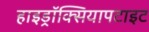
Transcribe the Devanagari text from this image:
हाइड्रॉक्सियापटाइट